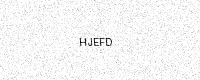
Text: HJEFD